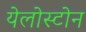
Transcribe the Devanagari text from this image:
येलोस्टोन